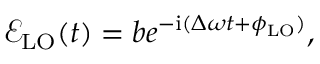
\mathcal { E } _ { \mathrm { { L O } } } ( t ) = b e ^ { - \mathrm { { i } } ( \Delta \omega t + \phi _ { \mathrm { L O } } ) } ,